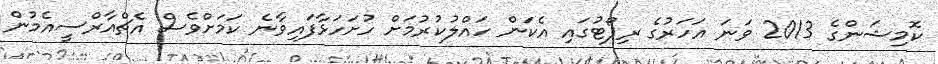
ކޮމިޝަންގެ 2013 ވަނަ އަހަރުގެ ރިޕޯޓުގައި އެކަން ހައްލުކުރުމަށް ހުށަހަޅާފައިވާނެ ކަމަށްވެސް އެޗްއާރްސީއެމުން